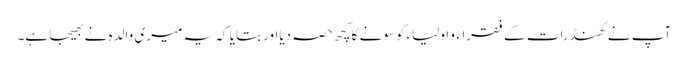
آپ نے کھنڈرات کے فقراء و اولیاء کوسونے کا کچھ حصہ دیااور بتایا کہ یہ میری والدہ نے بھیجا ہے۔